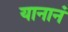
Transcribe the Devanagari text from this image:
यानानं